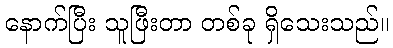
နောက်ပြီး သူဖြီးတာ တစ်ခု ရှိသေးသည်။